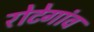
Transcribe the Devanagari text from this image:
रोटेगांव